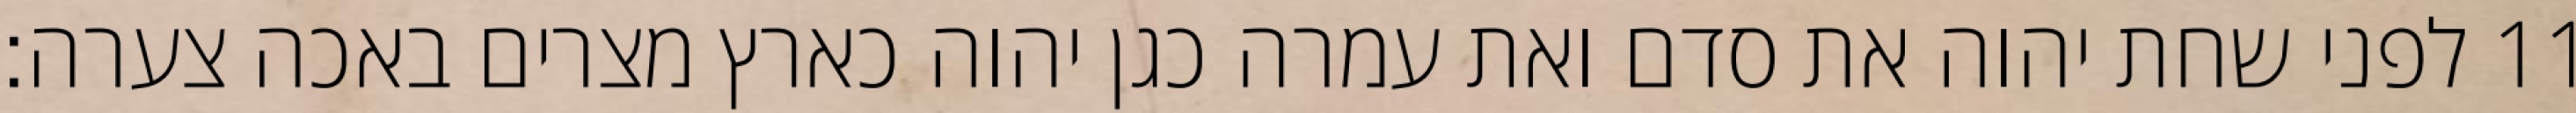
לפני שחת יהוה את סדם ואת עמרה כגן יהוה כארץ מצרים באכה צערה׃ ‎11‏